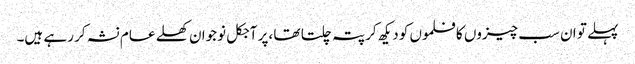
پہلے تو ان سب چیزوں کا فلموں کو دیکھ کر پتہ چلتا تھا ،پر آجکل نوجوان کھلے عام نشہ کر رہے ہیں۔